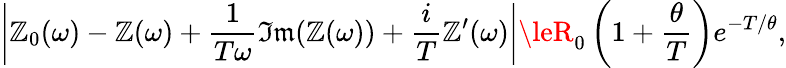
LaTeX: \left|\mathbb{Z}_{0}(\omega)-\mathbb{Z}(\omega)+\frac{{1}}{{T\omega}}\mathfrak{{Im}}(\mathbb{Z}(\omega))+\frac{{i}}{{T}}\mathbb{Z}^{\prime}(\omega)\right|\leR_{0}\left(1+\frac{{\theta}}{{T}}\right)e^{-T/\theta},